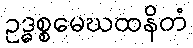
ဥဒ္ဓစ္စမေဃထနိတံ